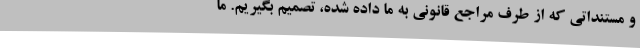
و مستنداتی که از طرف مراجع قانونی به ما داده شده، تصمیم بگیریم. ما